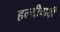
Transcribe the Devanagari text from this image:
हल्दीबाड़ी